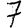
Digit: 7